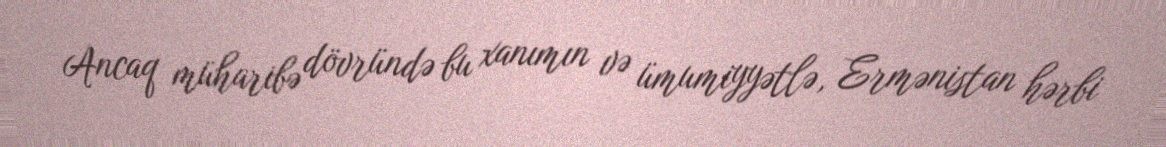
Ancaq müharibə dövründə bu xanımın və ümumiyyətlə, Ermənistan hərbi